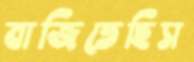
বাজিতেছিস